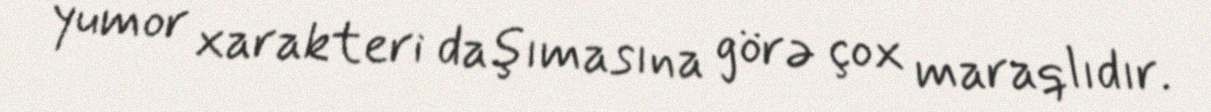
yumor xarakteri daşımasına görə çox maraqlıdır.